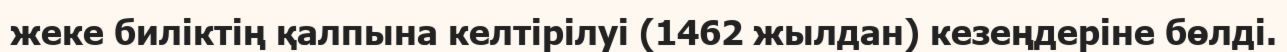
жеке биліктің қалпына келтірілуі (1462 жылдан) кезеңдеріне бөлді.